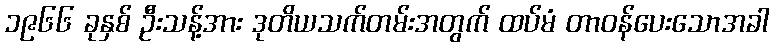
၁၉၆၆ ခုနှစ် ဦးသန့်အား ဒုတိယသက်တမ်းအတွက် ထပ်မံ တာဝန်ပေးသောအခါ